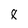
Character: 8